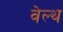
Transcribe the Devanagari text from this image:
वेल्‍थ